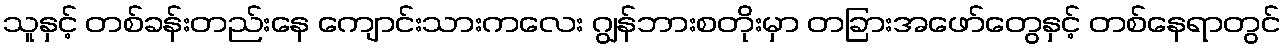
သူနှင့် တစ်ခန်းတည်းနေ ကျောင်းသားကလေး ဂျွန်ဘားစတိုးမှာ တခြားအဖော်တွေနှင့် တစ်နေရာတွင်